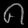
Digit: ၈